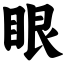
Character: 眼